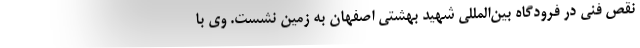
نقص فنی در فرودگاه بین‌المللی شهید بهشتی اصفهان به زمین نشست. وی با